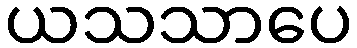
ယသသာပေ